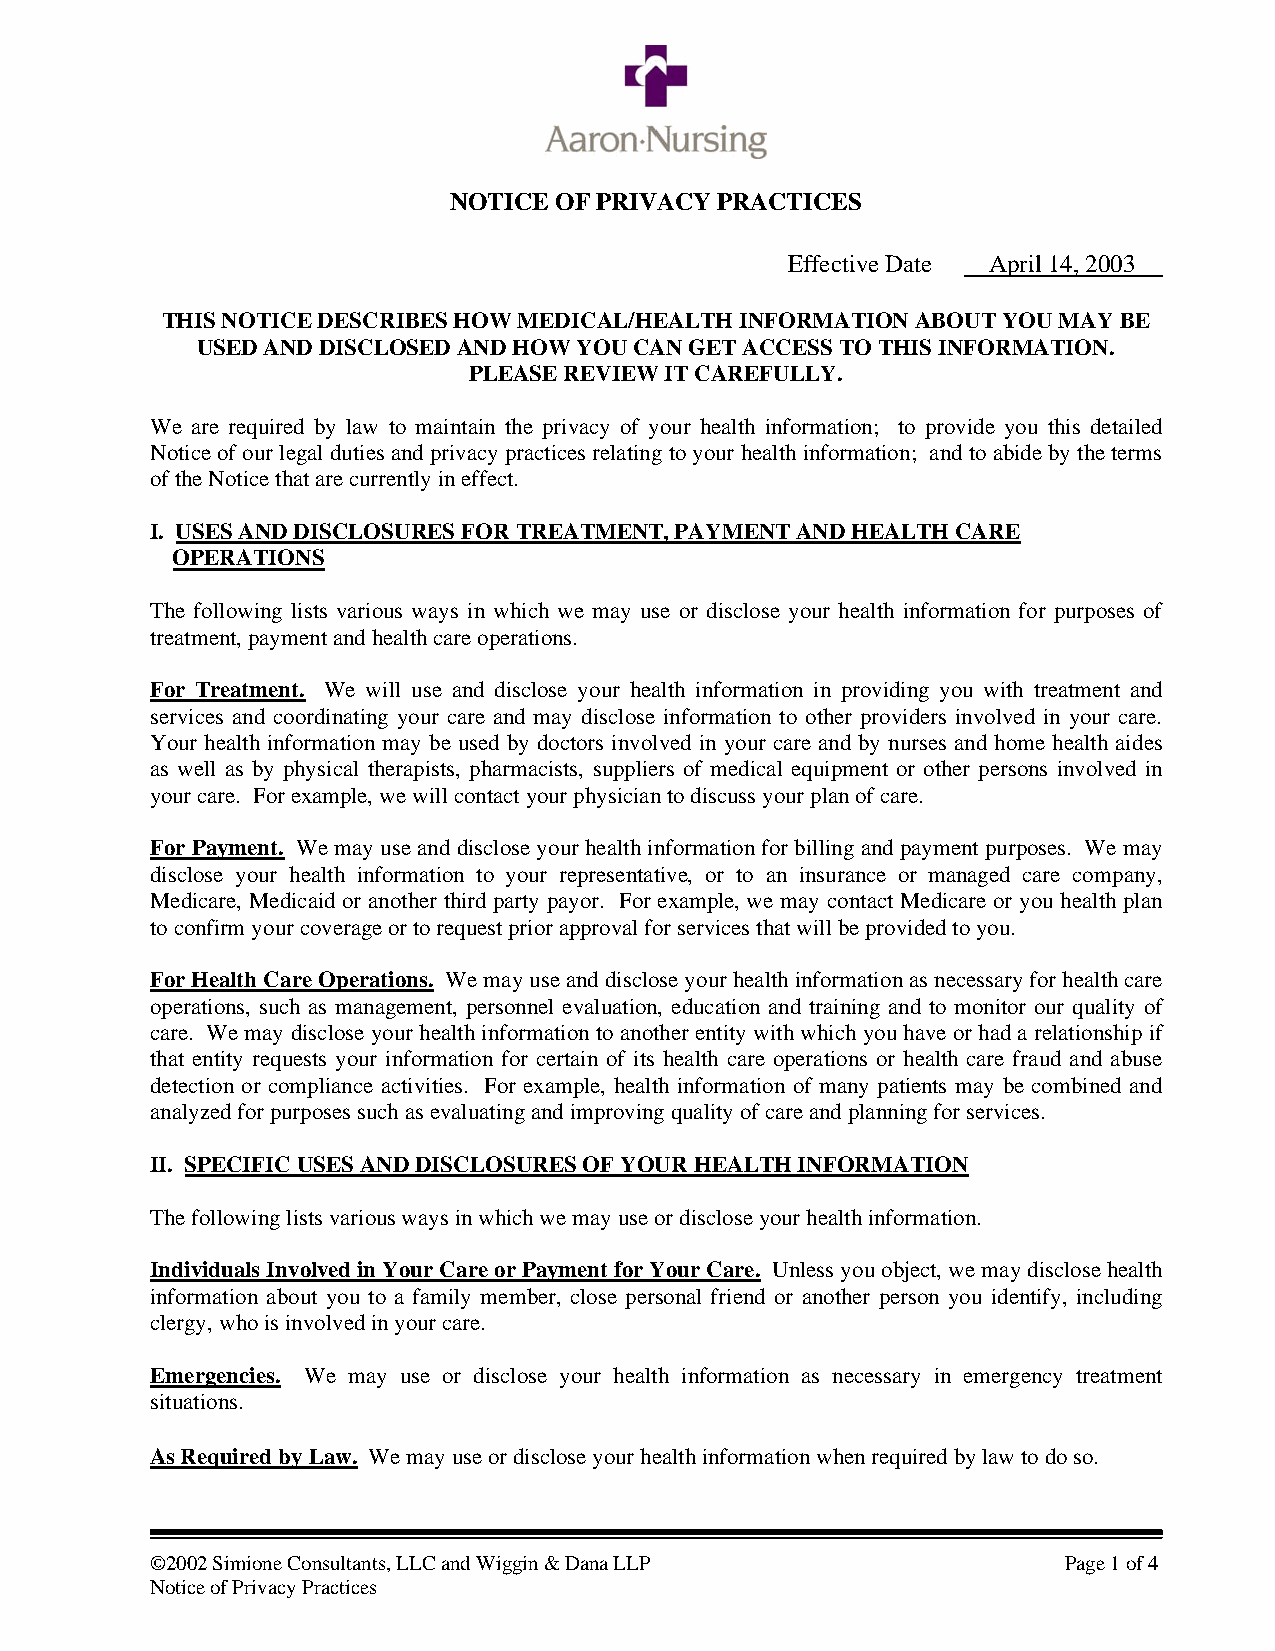
NOTICE OF PRIVACY PRACTICES
 Effective Date April 14, 2003
 THIS NOTICE DESCRIBES HOW MEDICAL/HEALTH INFORMATION ABOUT YOU MAY BE
 USED AND DISCLOSED AND HOW YOU CAN GET ACCESS TO THIS INFORMATION.
 PLEASE REVIEW IT CAREFULLY.
 We are required by law to maintain the privacy of your health information; to provide you this detailed
 Notice of our legal duties and privacy practices relating to your health information; and to abide by the terms
 of the Notice that are currently in effect.
 I. USES AND DISCLOSURES FOR TREATMENT, PAYMENT AND HEALTH CARE
 OPERATIONS
 The following lists various ways in which we may use or disclose your health information for purposes of
 treatment, payment and health care operations.
 For Treatment. We will use and disclose your health information in providing you with treatment and
 services and coordinating your care and may disclose information to other providers involved in your care.
 Your health information may be used by doctors involved in your care and by nurses and home health aides
 as well as by physical therapists, pharmacists, suppliers of medical equipment or other persons involved in
 your care. For example, we will contact your physician to discuss your plan of care.
 For Payment. We may use and disclose your health information for billing and payment purposes. We may
 disclose your health information to your representative, or to an insurance or managed care company,
 Medicare, Medicaid or another third party payor. For example, we may contact Medicare or you health plan
 to confirm your coverage or to request prior approval for services that will be provided to you.
 For Health Care Operations. We may use and disclose your health information as necessary for health care
 operations, such as management, personnel evaluation, education and training and to monitor our quality of
 care. We may disclose your health information to another entity with which you have or had a relationship if
 that entity requests your information for certain of its health care operations or health care fraud and abuse
 detection or compliance activities. For example, health information of many patients may be combined and
 analyzed for purposes such as evaluating and improving quality of care and planning for services.
 II. SPECIFIC USES AND DISCLOSURES OF YOUR HEALTH INFORMATION
 The following lists various ways in which we may use or disclose your health information.
 Individuals Involved in Your Care or Payment for Your Care. Unless you object, we may disclose health
 information about you to a family member, close personal friend or another person you identify, including
 clergy, who is involved in your care.
 Emergencies. We may use or disclose your health information as necessary in emergency treatment
 situations.
 As Required by Law. We may use or disclose your health information when required by law to do so.
 ©2002 Simione Consultants, LLC and Wiggin & Dana LLP        Page 1 of 4
 Notice of Privacy Practices